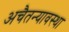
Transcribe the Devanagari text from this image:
अचैतन्यावस्था